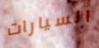
السيارات